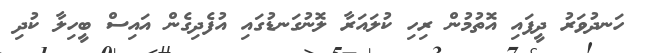
ހަނދުވަރު ދީފައި އޮތުމުން ރިހި ކުލައަރާ ލޮނުގަނޑުގައި އުފެދިގެން އައިސް ބީހިލާ ކުދި